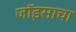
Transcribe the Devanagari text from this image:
जॉइसाचा